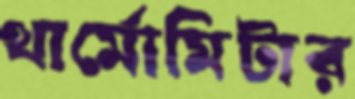
থার্মোমিটার